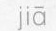
jiā